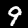
Digit: 9